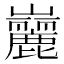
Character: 𪩠